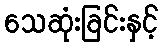
သေဆုံးခြင်းနှင့်